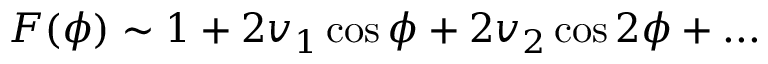
F ( \phi ) \sim 1 + 2 v _ { 1 } \cos \phi + 2 v _ { 2 } \cos 2 \phi + . . .